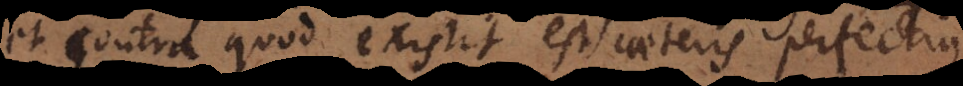
et contra quod existit est caeteris perfectius